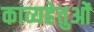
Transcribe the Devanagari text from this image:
काव्यहेतुओं